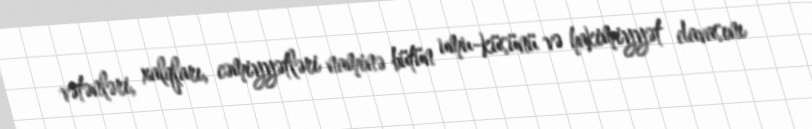
vətənləri, xalqları, cəmiyyətləri naminə bütün umu-küsünü və hakimiyyət davasını